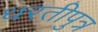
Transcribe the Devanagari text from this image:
धरतीपुत्र